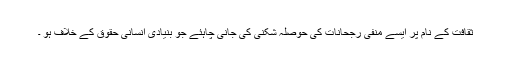
ثقافت کے نام پر ایسے منفی رجحانات کی حوصلہ شکنی کی جانی چاہئے جو بنیادی انسانی حقوق کے خلاف ہو ۔